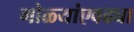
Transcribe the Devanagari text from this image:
गोळ्यांएवढ्या